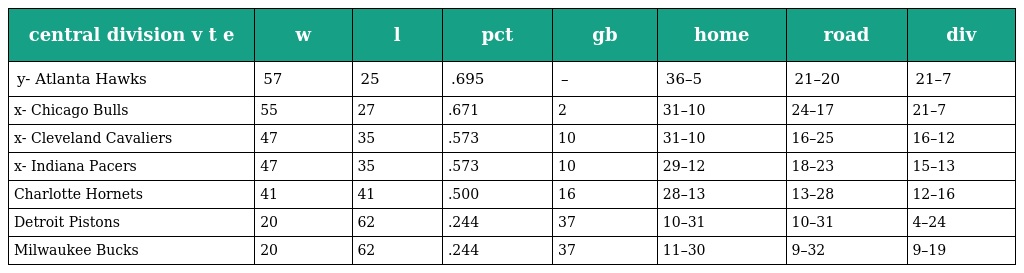
| central division v t e | w | l | pct | gb | home | road | div |
 | --- | --- | --- | --- | --- | --- | --- | --- |
 | y- Atlanta Hawks | 57 | 25 | .695 | – | 36–5 | 21–20 | 21–7 |
 | x- Chicago Bulls | 55 | 27 | .671 | 2 | 31–10 | 24–17 | 21–7 |
 | x- Cleveland Cavaliers | 47 | 35 | .573 | 10 | 31–10 | 16–25 | 16–12 |
 | x- Indiana Pacers | 47 | 35 | .573 | 10 | 29–12 | 18–23 | 15–13 |
 | Charlotte Hornets | 41 | 41 | .500 | 16 | 28–13 | 13–28 | 12–16 |
 | Detroit Pistons | 20 | 62 | .244 | 37 | 10–31 | 10–31 | 4–24 |
 | Milwaukee Bucks | 20 | 62 | .244 | 37 | 11–30 | 9–32 | 9–19 |